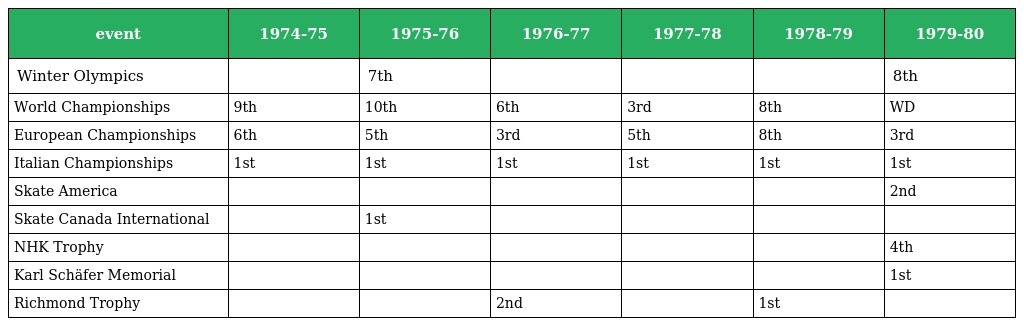
| event | 1974-75 | 1975-76 | 1976-77 | 1977-78 | 1978-79 | 1979-80 |
 | --- | --- | --- | --- | --- | --- | --- |
 | Winter Olympics |  | 7th |  |  |  | 8th |
 | World Championships | 9th | 10th | 6th | 3rd | 8th | WD |
 | European Championships | 6th | 5th | 3rd | 5th | 8th | 3rd |
 | Italian Championships | 1st | 1st | 1st | 1st | 1st | 1st |
 | Skate America |  |  |  |  |  | 2nd |
 | Skate Canada International |  | 1st |  |  |  |  |
 | NHK Trophy |  |  |  |  |  | 4th |
 | Karl Schäfer Memorial |  |  |  |  |  | 1st |
 | Richmond Trophy |  |  | 2nd |  | 1st |  |